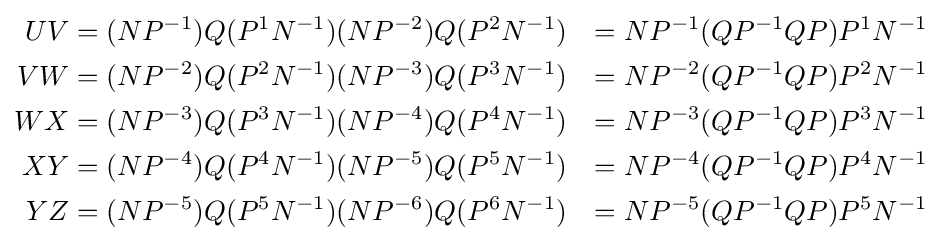
{\begin{aligned}UV&=(NP^{-1})Q(P^{1}N^{-1})(NP^{-2})Q(P^{2}N^{-1})&=NP^{-1}(QP^{-1}QP)P^{1}N^{-1}\\VW&=(NP^{-2})Q(P^{2}N^{-1})(NP^{-3})Q(P^{3}N^{-1})&=NP^{-2}(QP^{-1}QP)P^{2}N^{-1}\\WX&=(NP^{-3})Q(P^{3}N^{-1})(NP^{-4})Q(P^{4}N^{-1})&=NP^{-3}(QP^{-1}QP)P^{3}N^{-1}\\XY&=(NP^{-4})Q(P^{4}N^{-1})(NP^{-5})Q(P^{5}N^{-1})&=NP^{-4}(QP^{-1}QP)P^{4}N^{-1}\\YZ&=(NP^{-5})Q(P^{5}N^{-1})(NP^{-6})Q(P^{6}N^{-1})&=NP^{-5}(QP^{-1}QP)P^{5}N^{-1}\\\end{aligned}}